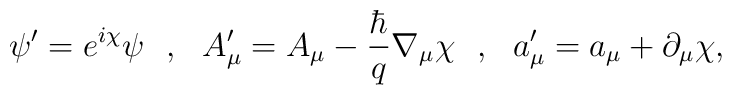
\psi'=e^{i\chi}\psi\ \ ,\ \ A'_\mu=A_\mu-\frac{\hbar}{q}\nabla_\mu\chi\ \ ,\ \ a'_\mu=a_\mu+\partial_\mu\chi,